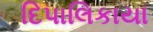
દિપાલિકાયા